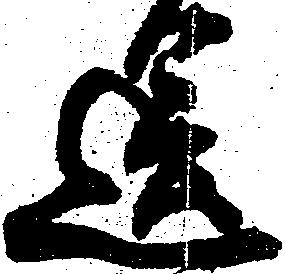
送